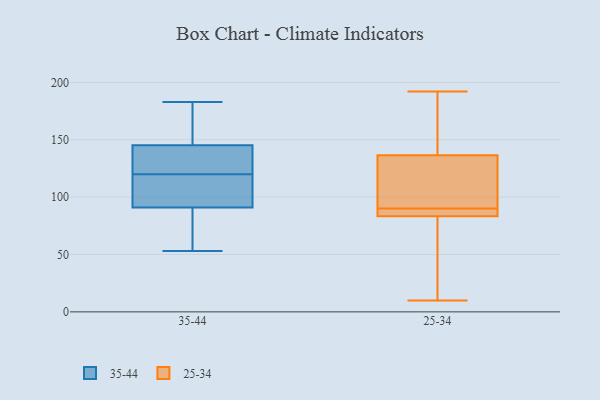
{"axis": {"x": "Churn Rate (%)", "y": "Value"}, "legend": ["25-34", "35-44"], "data": [{"x": "", "y": 138, "type": "35-44"}, {"x": "", "y": 96, "type": "35-44"}, {"x": "", "y": 138, "type": "35-44"}, {"x": "", "y": 142, "type": "35-44"}, {"x": "", "y": 159, "type": "35-44"}, {"x": "", "y": 183, "type": "35-44"}, {"x": "", "y": 53, "type": "35-44"}, {"x": "", "y": 120, "type": "35-44"}, {"x": "", "y": 57, "type": "35-44"}, {"x": "", "y": 82, "type": "35-44"}, {"x": "", "y": 155, "type": "35-44"}, {"x": "", "y": 101, "type": "35-44"}, {"x": "", "y": 94, "type": "35-44"}, {"x": "", "y": 138, "type": "25-34"}, {"x": "", "y": 83, "type": "25-34"}, {"x": "", "y": 117, "type": "25-34"}, {"x": "", "y": 10, "type": "25-34"}, {"x": "", "y": 23, "type": "25-34"}, {"x": "", "y": 138, "type": "25-34"}, {"x": "", "y": 90, "type": "25-34"}, {"x": "", "y": 132, "type": "25-34"}, {"x": "", "y": 50, "type": "25-34"}, {"x": "", "y": 84, "type": "25-34"}, {"x": "", "y": 86, "type": "25-34"}, {"x": "", "y": 160, "type": "25-34"}, {"x": "", "y": 87, "type": "25-34"}, {"x": "", "y": 192, "type": "25-34"}, {"x": "", "y": 118, "type": "25-34"}]}